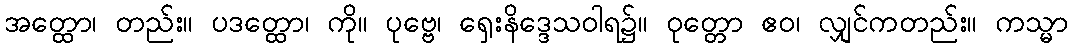
အတ္ထော၊ တည်း။ ပဒတ္ထော၊ ကို။ ပုဗ္ဗေ၊ ရှေးနိဒ္ဒေသဝါရ၌။ ဝုတ္တော ဧဝ၊ လျှင်ကတည်း။ ကသ္မာ